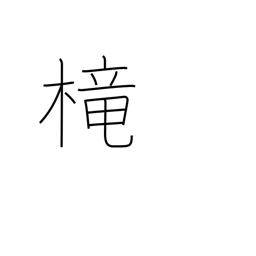
Meaning: cage